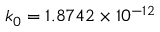
k _ { 0 } = 1 . 8 7 4 2 \times 1 0 ^ { - 1 2 }